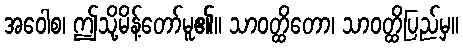
အဝေါစ၊ ဤသို့မိန့်တော်မူ၏။ သာဝတ္ထိတော၊ သာဝတ္ထိပြည်မှ။